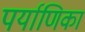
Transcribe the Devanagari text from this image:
पर्याणिका